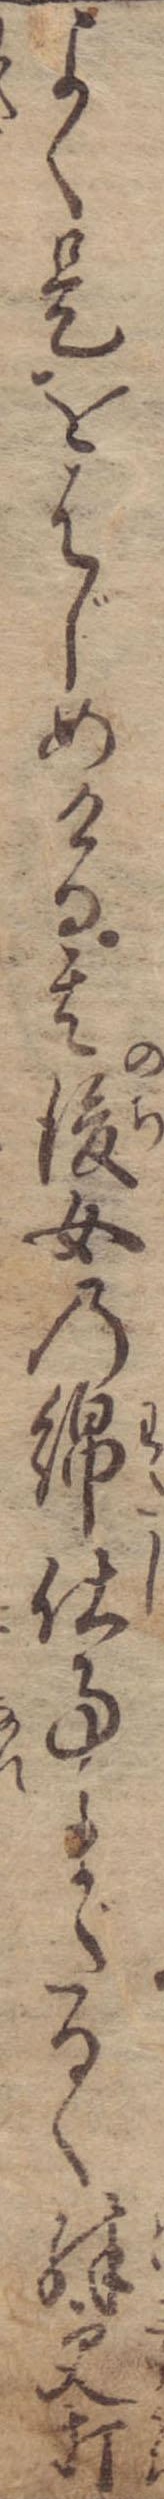
よく是をはじめける其後女の綿仕事まだるく殊更打